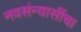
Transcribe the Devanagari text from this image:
नवसंन्यासींचा